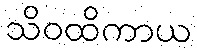
သိဝထိကာယ